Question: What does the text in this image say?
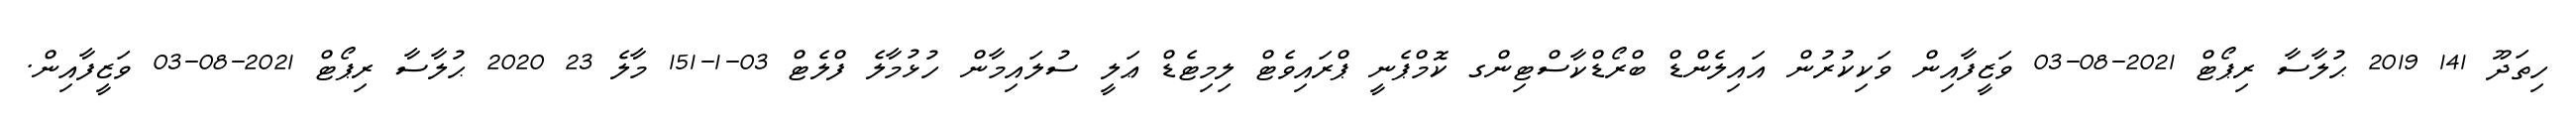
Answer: ހިތަދޫ 141 2019 ޙުލާސާ ރިޕޯޓް 2021-08-03 ވަޒީފާއިން ވަކިކުރުން އައިލެންޑް ބްރޯޑްކާސްޓިންގ ކޮމްޕެނީ ޕްރައިވެޓް ލިމިޓެޑް ޢަލީ ސުލައިމާން ހުޅުމާލެ ފްލެޓް 03-1-151 މާލެ 23 2020 ޙުލާސާ ރިޕޯޓް 2021-08-03 ވަޒީފާއިން.